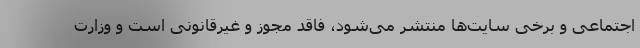
اجتماعی و برخی سایت‌ها منتشر می‌شود، فاقد مجوز و غیرقانونی است و وزارت